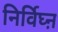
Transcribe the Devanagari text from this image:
निर्विघ्ऩ